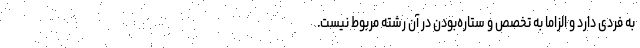
به فردی دارد و الزاماً به تخصص و ستاره‌بودن در آن رشته مربوط نیست.